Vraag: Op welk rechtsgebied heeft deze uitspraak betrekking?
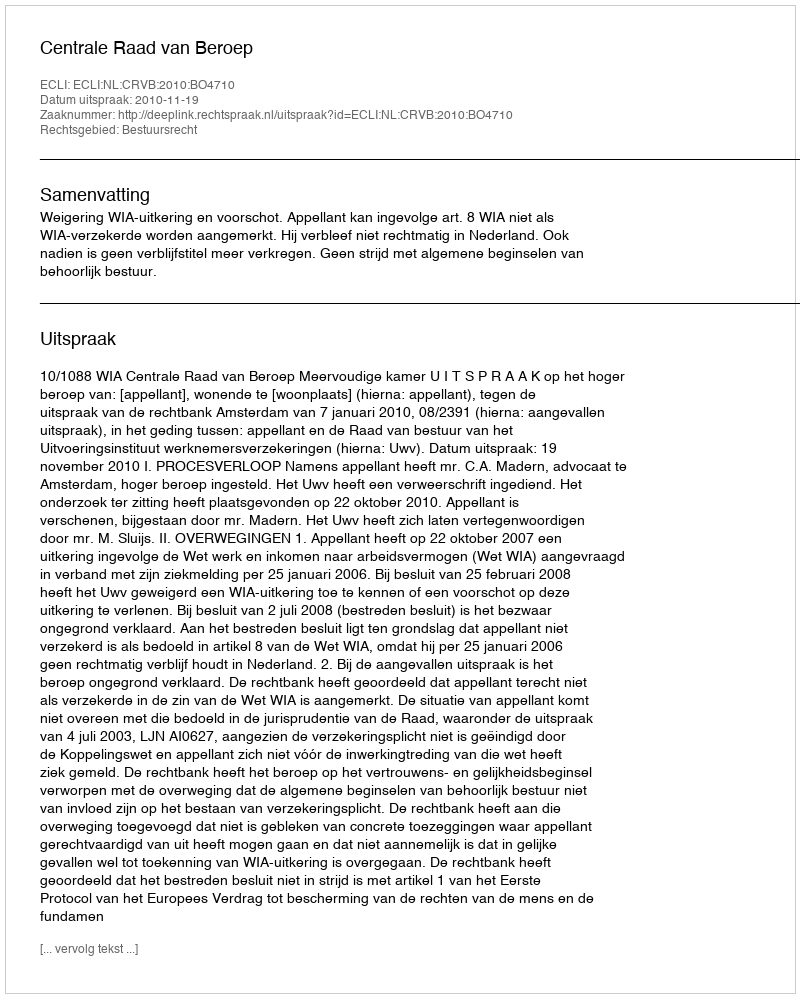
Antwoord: Bestuursrecht